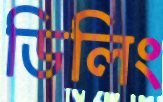
ডিলিং